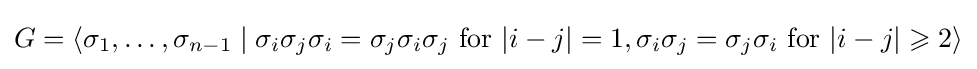
G=\langle \sigma _{1},\ldots ,\sigma _{n-1}\mid \sigma _{i}\sigma _{j}\sigma _{i}=\sigma _{j}\sigma _{i}\sigma _{j}{\text{ for }}\vert i-j\vert =1,\sigma _{i}\sigma _{j}=\sigma _{j}\sigma _{i}{\text{ for }}\vert i-j\vert \geqslant 2\rangle